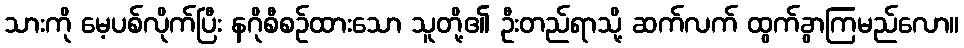
သားကို မေ့ပစ်လိုက်ပြီး နဂိုစီစဉ်ထားသော သူတို့၏ ဦးတည်ရာသို့ ဆက်လက် ထွက်ခွာကြမည်လော။